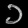
Digit: ၁